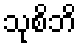
သုစိဘိ